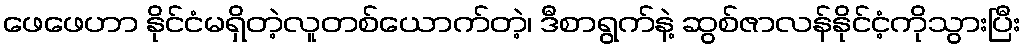
ဖေဖေဟာ နိုင်ငံမရှိတဲ့လူတစ်ယောက်တဲ့၊ ဒီစာရွက်နဲ့ ဆွစ်ဇာလန်နိုင်ငံ့ကိုသွားပြီး